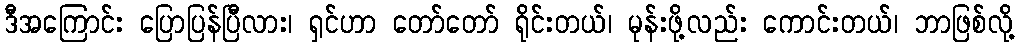
ဒီအကြောင်း ပြောပြန်ပြီလား၊ ရှင်ဟာ တော်တော် ရိုင်းတယ်၊ မုန်းဖို့လည်း ကောင်းတယ်၊ ဘာဖြစ်လို့